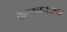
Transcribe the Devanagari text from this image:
कॅप्तनपदावर